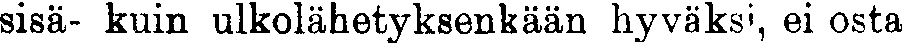
sisä- kuin ulkolähetyksenkään hyväksi, ei osta